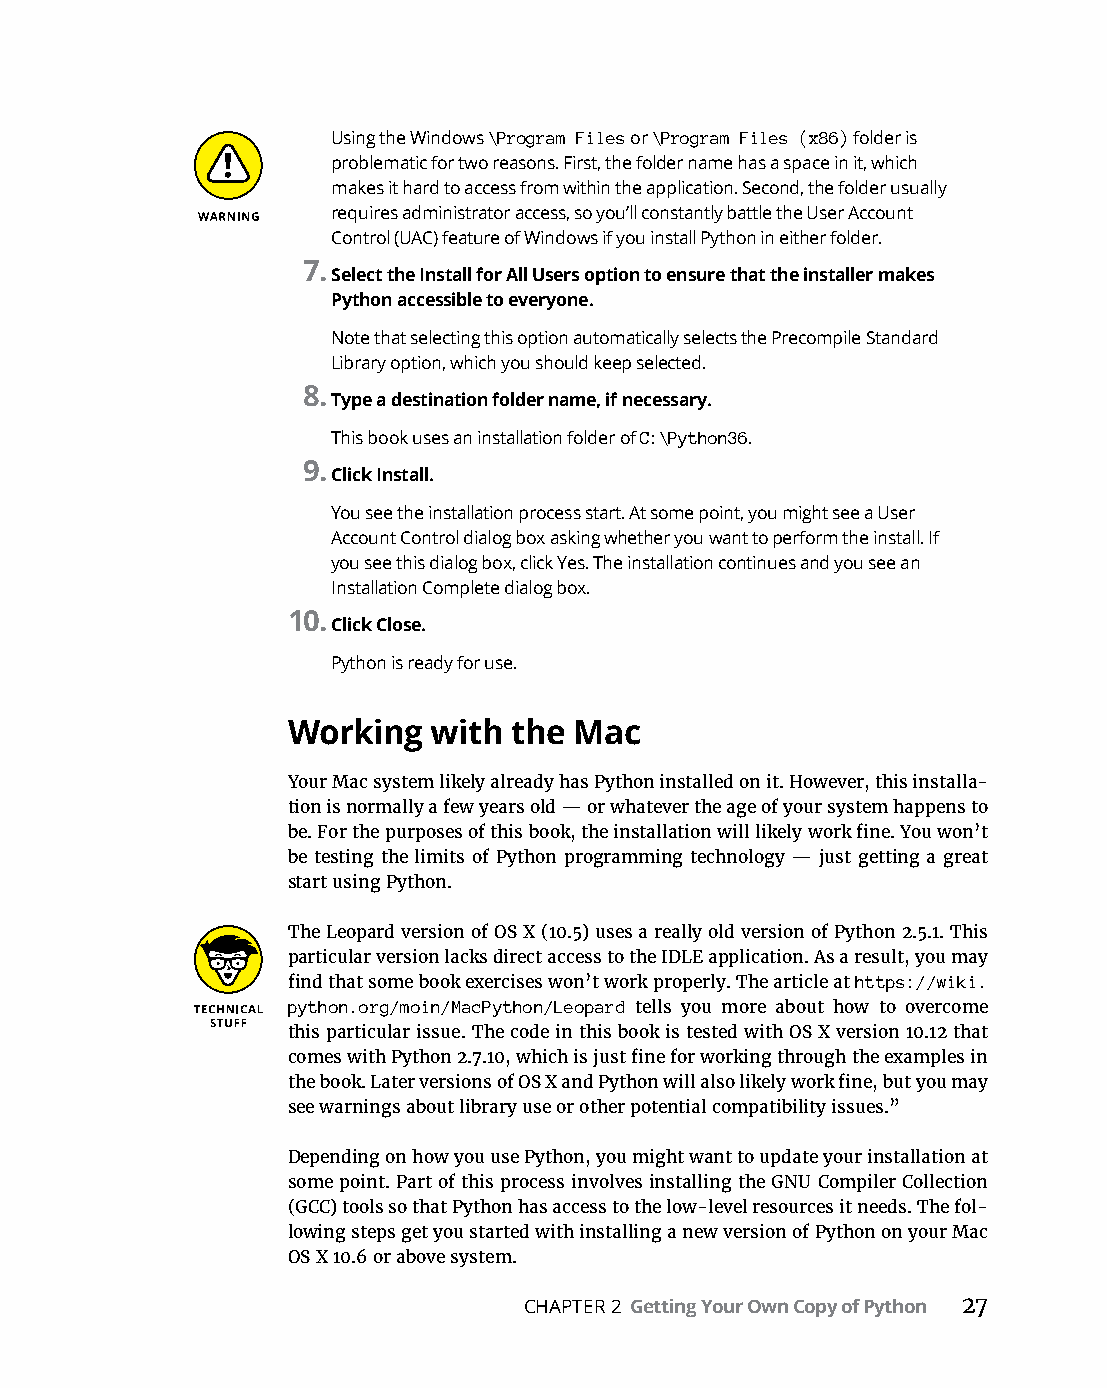
Using the Windows \Program Files or \Program Files (x86) folder is
 problematic for two reasons. First, the folder name has a space in it, which
 makes it hard to access from within the application. Second, the folder usually
 requires administrator access, so you’ll constantly battle the User Account
 Control (UAC) feature of Windows if you install Python in either folder.
 7.
 Select the Install for All Users option to ensure that the installer makes
 Python accessible to everyone.
 Note that selecting this option automatically selects the Precompile Standard
 Library option, which you should keep selected.
 8.
 Type a destination folder name, if necessary.
 This book uses an installation folder of C:\Python36.
 9.
 Click Install.
 You see the installation process start. At some point, you might see a User
 Account Control dialog box asking whether you want to perform the install. If
 you see this dialog box, click Yes. The installation continues and you see an
 Installation Complete dialog box.
 10.
 Click Close.
 Python is ready for use.
 Working  with  the Mac
 Your Mac system likely already has Python installed on it. However, this installa-
 tion is normally a few years old — or whatever the age of your system happens to
 be. For the purposes of this book, the installation will likely work fine. You won’t
 be testing the limits of Python programming technology — just getting a great
 start using Python.
 The Leopard version of OS X (10.5) uses a really old version of Python 2.5.1. This
 particular version lacks direct access to the IDLE application. As a result, you may
 find that some book exercises won’t work properly. The article at https://wiki.
 python.org/moin/MacPython/Leopard tells you more about how to overcome
 this particular issue. The code in this book is tested with OS X version 10.12 that
 comes with Python 2.7.10, which is just fine for working through the examples in
 the book. Later versions of OS X and Python will also likely work fine, but you may
 see warnings about library use or other potential compatibility issues.”
 Depending on how you use Python, you might want to update your installation at
 some point. Part of this process involves installing the GNU Compiler Collection
 (GCC) tools so that Python has access to the low-level resources it needs. The fol-
 lowing steps get you started with installing a new version of Python on your Mac
 OS X 10.6 or above system.
 CHAPTER 2 Getting Your Own Copy of Python 27